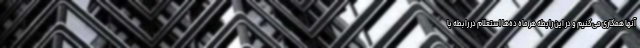
آنها همکاری می‌کنیم و در این رابطه هر ماه ده‌ها استعلام در رابطه با